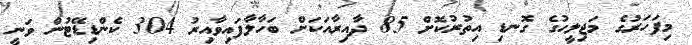
މިފަހަރުގެ މަޖިލީހުގެ ގޮނޑި އިތުރުކޮށް 85 ދާއިރާއަކަށް ބަހާލާފައިވާއިރު 304 ކެންޑިޑޭޓުން ވަނީ